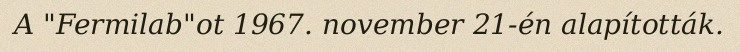
A "Fermilab"ot 1967. november 21-én alapították.